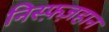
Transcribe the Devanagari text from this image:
निस्फ़ज़हान